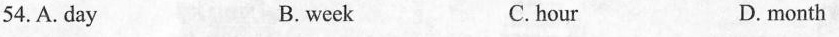
54.A.day B.week C.hour D.month